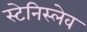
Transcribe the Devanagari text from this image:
स्टेनिस्लेव